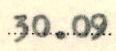
30.09